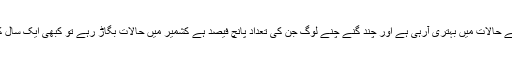
تاہم بھارت کی مرکزی حکومت کبھی یہ کہتی ہے کہ کشمیر کے حالات میں بہتری آرہی ہے اور چند گنے چنے لوگ جن کی تعداد پانچ فیصد ہے کشمیر میں حالات بگاڑ رہے تو کبھی ایک سال کے اندر کشمیر کے حالات بدل جائیں گے کا بگل بجا دیتے ہیں۔